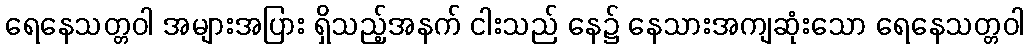
ရေနေသတ္တဝါ အများအပြား ရှိသည့်အနက် ငါးသည် နေ၌ နေသားအကျဆုံးသော ရေနေသတ္တဝါ